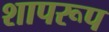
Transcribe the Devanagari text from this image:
शापरूप